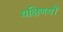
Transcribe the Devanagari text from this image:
यक्षिणयों